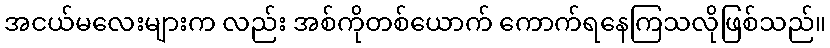
အငယ်မလေးများက လည်း အစ်ကိုတစ်ယောက် ကောက်ရနေကြသလိုဖြစ်သည်။